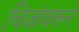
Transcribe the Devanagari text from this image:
चिजांवरून